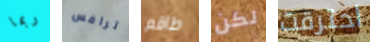
ربما ترافس طاقم لكن احترقت